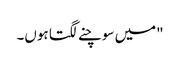
"میں سوچنے لگتا ہوں۔